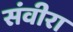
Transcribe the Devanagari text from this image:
संवीरा